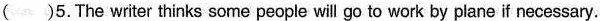
( )5.The writer thinks some people will go to work by plane if necessary.